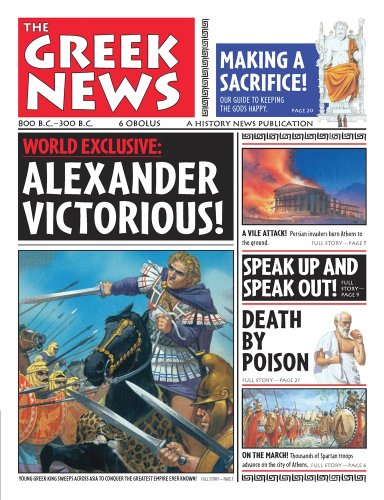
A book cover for History News: The Greek News; Anton Powell; Children's Books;